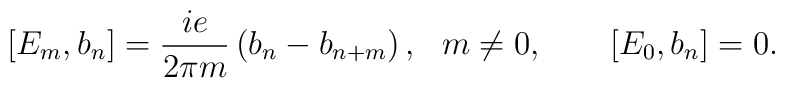
[E_m, b_n] = \frac{ie}{2 \pi m }\left( b_n - b_{n+m}  \right), \ \ m \neq0, \qquad [E_0, b_n]=0.